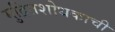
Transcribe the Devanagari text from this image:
मुद्रितशोधकाची